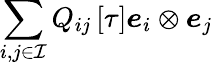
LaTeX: \sum_{i,j\in\mathcal{I}}Q_{ij}\left[\tau\right]\boldsymbol{e}_{i}\otimes\boldsymbol{e}_{j}